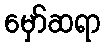
မှော်ဆရာ